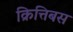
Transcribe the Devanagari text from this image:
क्रित्तिबस